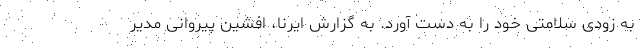
به زودی سلامتی خود را به دست آورد. به گزارش ایرنا، افشین پیروانی مدیر